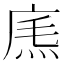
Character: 𢉐